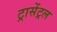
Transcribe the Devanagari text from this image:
ट्रासेंट्रल